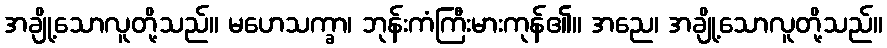
အချို့သောလူတို့သည်။ မဟေသက္ခာ၊ ဘုန်းကံကြီးမားကုန်၏။ အညေ၊ အချို့သောလူတို့သည်။